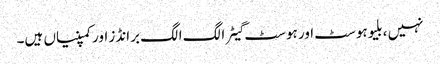
نہیں ، بلیوہوسٹ اور ہوسٹ گیٹر الگ الگ برانڈز اور کمپنیاں ہیں۔